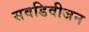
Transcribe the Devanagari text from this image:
सवडिवीजन